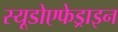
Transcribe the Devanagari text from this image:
स्यूडोएफेड्राइन